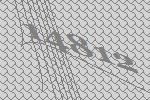
14812